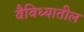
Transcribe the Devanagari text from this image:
वैविध्यातील